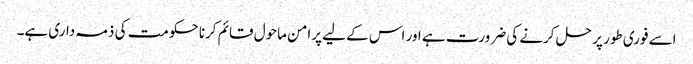
اسے فوری طور پر حل کرنے کی ضرورت ہے اور اس کے لیے پرامن ماحول قائم کرنا حکومت کی ذمہ داری ہے۔